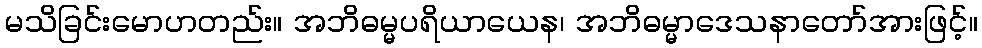
မသိခြင်းမောဟတည်း။ အဘိဓမ္မပရိယာယေန၊ အဘိဓမ္မာဒေသနာတော်အားဖြင့်။